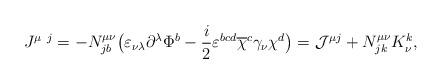
LaTeX: \begin{align*}J^{\mu~j}=-N^{\mu \nu}_{jb} \bigl( \varepsilon_{\nu\lambda}\partial^\lambda \Phi^b-\frac i2 \varepsilon^{bcd} \overline{\chi}^c \gamma_\nu \chi^d \bigr)={\cal J}^{\mu j} + N^{\mu\nu}_{jk} K^k_{\nu},\end{align*}